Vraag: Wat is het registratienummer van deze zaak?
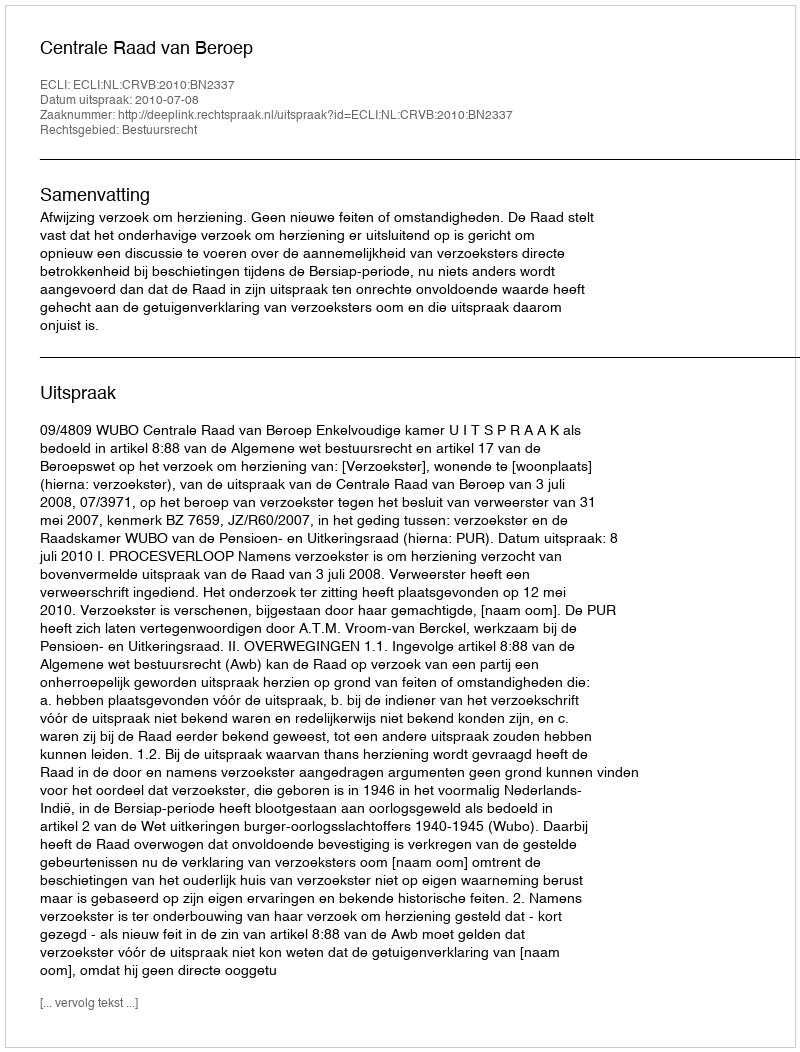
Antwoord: http://deeplink.rechtspraak.nl/uitspraak?id=ECLI:NL:CRVB:2010:BN2337